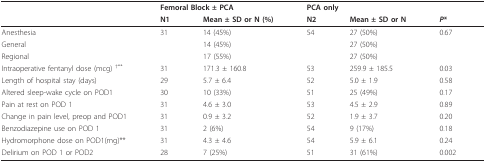
<table><thead><tr><td></td><td colspan="2"><b>Femoral Block ± PCA</b></td><td colspan="2"><b>PCA only</b></td><td></td></tr><tr><td></td><td><b>N1</b></td><td><b>Mean ± SD or N (%)</b></td><td><b>N2</b></td><td><b>Mean ± SD or N</b></td><td><b><i>P</i>*</b></td></tr></thead><tbody><tr><td>Anesthesia</td><td>31</td><td>14 (45%)</td><td>54</td><td>27 (50%)</td><td>0.67</td></tr><tr><td>General</td><td></td><td>14 (45%)</td><td></td><td>27 (50%)</td><td></td></tr><tr><td>Regional</td><td></td><td>17 (55%)</td><td></td><td>27 (50%)</td><td></td></tr><tr><td>Intraoperative fentanyl dose (mcg) <sup>†**</sup></td><td>31</td><td>171.3 ± 160.8</td><td>53</td><td>259.9 ± 185.5</td><td>0.03</td></tr><tr><td>Length of hospital stay (days)</td><td>29</td><td>5.7 ± 6.4</td><td>52</td><td>5.0 ± 1.9</td><td>0.58</td></tr><tr><td>Altered sleep-wake cycle on POD1</td><td>30</td><td>10 (33%)</td><td>51</td><td>25 (49%)</td><td>0.17</td></tr><tr><td>Pain at rest on POD 1</td><td>31</td><td>4.6 ± 3.0</td><td>53</td><td>4.5 ± 2.9</td><td>0.89</td></tr><tr><td>Change in pain level, preop and POD1</td><td>31</td><td>0.9 ± 3.2</td><td>52</td><td>1.9 ± 3.7</td><td>0.20</td></tr><tr><td>Benzodiazepine use on POD 1</td><td>31</td><td>2 (6%)</td><td>54</td><td>9 (17%)</td><td>0.18</td></tr><tr><td>Hydromorphone dose on POD1(mg)**</td><td>31</td><td>4.3 ± 4.6</td><td>54</td><td>5.9 ± 6.1</td><td>0.24</td></tr><tr><td>Delirium on POD 1 or POD2</td><td>28</td><td>7 (25%)</td><td>51</td><td>31 (61%)</td><td>0.002</td></tr></tbody></table>